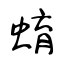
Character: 蜟